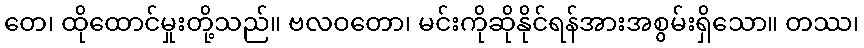
တေ၊ ထိုထောင်မှုးတို့သည်။ ဗလဝတော၊ မင်းကိုဆိုနိုင်ရန်အားအစွမ်းရှိသော။ တဿ၊